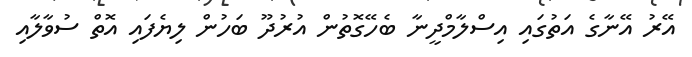
އޭރު އޭނާގެ އަތުގައި އިސްލާމްދީނާ ބެހޭގޮތުން އުރުދޫ ބަހުން ލިޔެފައި އޮތް ސުވާލާއި